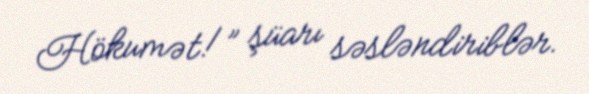
Hökumət!” şüarı səsləndiriblər.